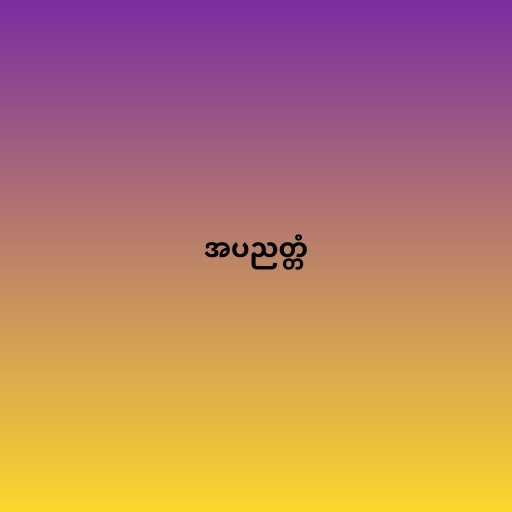
အပညတ္တံ